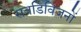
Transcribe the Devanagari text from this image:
सबडिविजनों